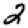
Digit: 2